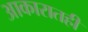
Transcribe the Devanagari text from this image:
आकारातही